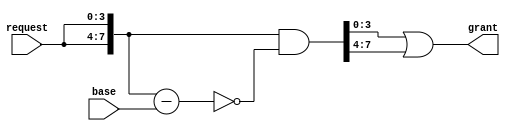
`timescale 1ns/1ps
//the priority of one in base is highest,and decrease from right to left
module fixed_priority_arbiter 
#(      
    parameter NUM_REQ = 4
)
(
    input   wire [NUM_REQ-1:0] request   ,
    input   wire [NUM_REQ-1:0] base      ,

    output  wire [NUM_REQ-1:0] grant   
);

wire[2*NUM_REQ-1:0] extend_request;
wire[2*NUM_REQ-1:0] extend_grant;

assign extend_request = {request,request};
assign extend_grant   = extend_request& (~(extend_request-base));
assign grant          = extend_grant[NUM_REQ-1:0]|extend_grant[2*NUM_REQ-1:NUM_REQ];

endmodule

module round_robin_arbiter 
#(
    parameter NUM_REQ = 4
)
(
    input   wire                 clk     ,
    input   wire                 rstn    ,
    input   wire [NUM_REQ-1:0]   request ,

    output  wire [NUM_REQ-1:0]   grant
);

reg [NUM_REQ-1:0]   base;

//make the granted to be least priority in next grant
always@(posedge clk or negedge rstn) begin
    if (!rstn) 
        base<={{(NUM_REQ-1){1'b0}},1'b1};
    else if(grant=='b0)
        base<={{(NUM_REQ-1){1'b0}},1'b1};
    else
        base<={grant[NUM_REQ-2:0],grant[NUM_REQ-1]};
end

fixed_priority_arbiter 
#(      
    .NUM_REQ (NUM_REQ)
)
fixed_priority_arbiter_u
(
    .request(request    ),
    .base   (base       ),
                       
    .grant  (grant      )
);

endmodule